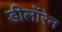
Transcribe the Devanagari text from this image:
डीलॉरेन